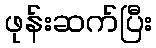
ဖုန်းဆက်ပြီး